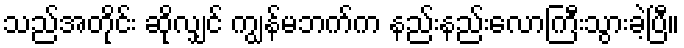
သည်အတိုင်း ဆိုလျှင် ကျွန်မဘက်က နည်းနည်းလောကြီးသွားခဲ့ပြီ။